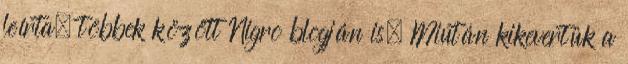
leírta, többek között Nigro blogján is. Miután kikevertük a